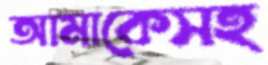
আমাকেসহ